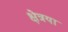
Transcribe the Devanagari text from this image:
क्षेत्रया